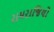
રામરાજિયો